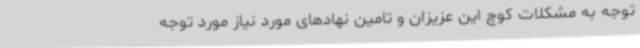
توجه به مشکلات کوچ این عزیزان و تامین نهادهای مورد نیاز مورد توجه